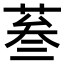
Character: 𦲞